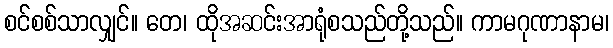
စင်စစ်သာလျှင်။ တေ၊ ထိုအဆင်းအာရုံစသည်တို့သည်။ ကာမဂုဏာနာမ၊